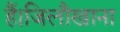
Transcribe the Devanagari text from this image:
हैं।जिलौखाना